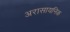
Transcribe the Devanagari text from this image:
अरासायनिक